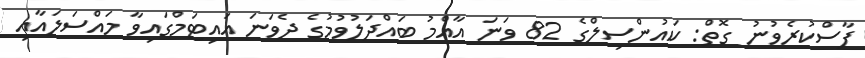
ފާސްކުރެވުނު ގޮތް: ކައުންސިލްގެ 82 ވަނަ އާއްމު ބައްދަލުވުމުގެ ދެވަނަ އައިޓަމްގައިވާ މައްސަލައާއި